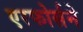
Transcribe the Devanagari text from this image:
एरफोर्सने